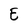
Character: E